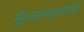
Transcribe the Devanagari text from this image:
मुँहनालइत्यादि